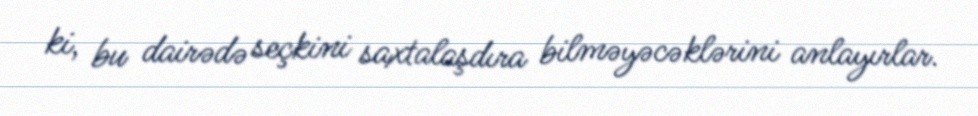
ki, bu dairədə seçkini saxtalaşdıra bilməyəcəklərini anlayırlar.